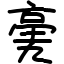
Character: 亴